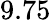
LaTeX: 9.75